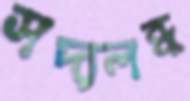
সদ্যলব্ধ